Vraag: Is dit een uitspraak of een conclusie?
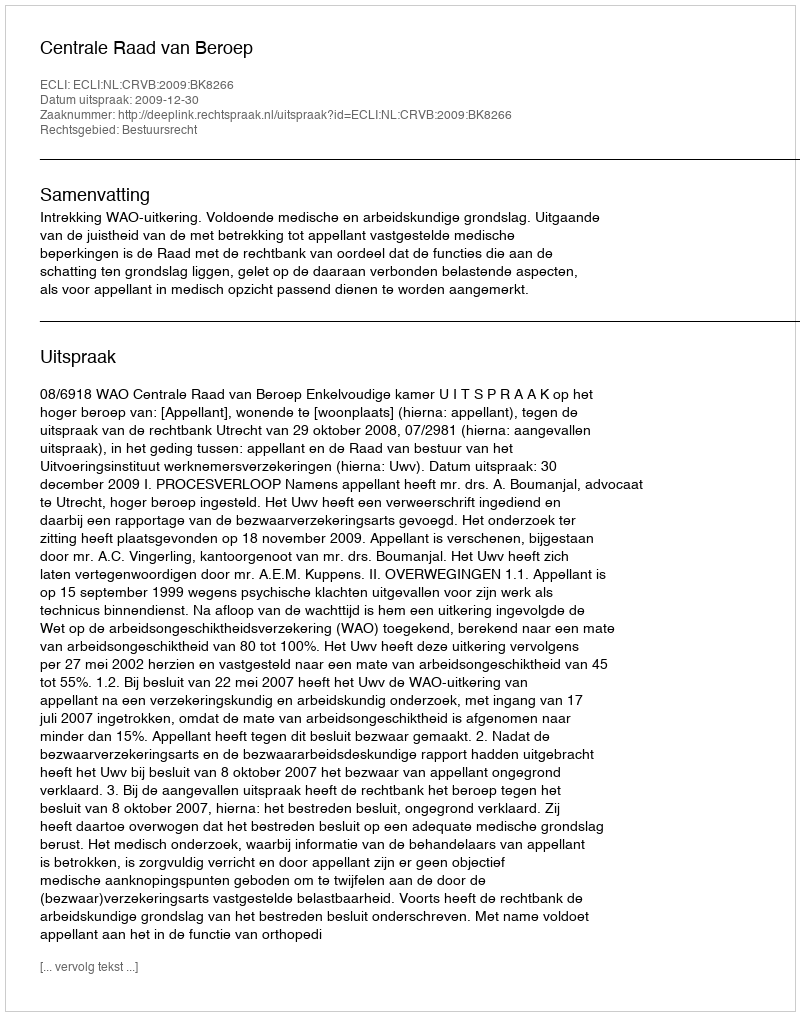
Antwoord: Uitspraak